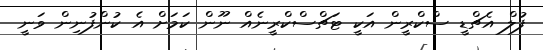
ފުލް އެޗްޑީ ސްކްރީން އަކީ ޓަޗްސްކްރީނެއް ނޫން ކަމަށް އެ ކުންފުނިން ވަނީ